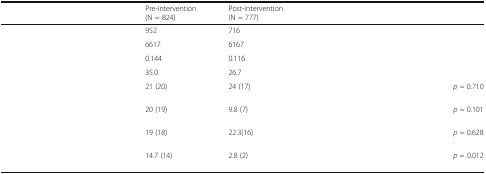
<table><thead><tr><td>[EMPTY_CELL]</td><td><b>Pre-intervention (N = 824)</b></td><td><b>Post-intervention (N = 777)</b></td><td colspan="2">[EMPTY_CELL]</td></tr></thead><tbody><tr><td>[EMPTY_CELL]</td><td>952</td><td>716</td><td colspan="2">[EMPTY_CELL]</td></tr><tr><td>[EMPTY_CELL]</td><td>6617</td><td>6167</td><td colspan="2">[EMPTY_CELL]</td></tr><tr><td>[EMPTY_CELL]</td><td>0.144</td><td>0.116</td><td colspan="2">[EMPTY_CELL]</td></tr><tr><td>[EMPTY_CELL]</td><td>35.0</td><td>26.7</td><td colspan="2">[EMPTY_CELL]</td></tr><tr><td>[EMPTY_CELL]</td><td>21 (20)</td><td>24 (17)</td><td>[EMPTY_CELL]</td><td><i>p</i> = 0.710</td></tr><tr><td>[EMPTY_CELL]</td><td>20 (19)</td><td>9.8 (7)</td><td>[EMPTY_CELL]</td><td><i>p</i> = 0.101</td></tr><tr><td>[EMPTY_CELL]</td><td>19 (18)</td><td>22.3(16)</td><td>[EMPTY_CELL]</td><td><i>p</i> = 0.628</td></tr><tr><td>[EMPTY_CELL]</td><td>14.7 (14)</td><td>2.8 (2)</td><td>[EMPTY_CELL]</td><td><i>p</i> = 0.012</td></tr></tbody></table>